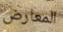
المعارض